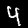
Label: 4